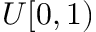
U [ 0 , 1 )